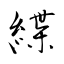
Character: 緤